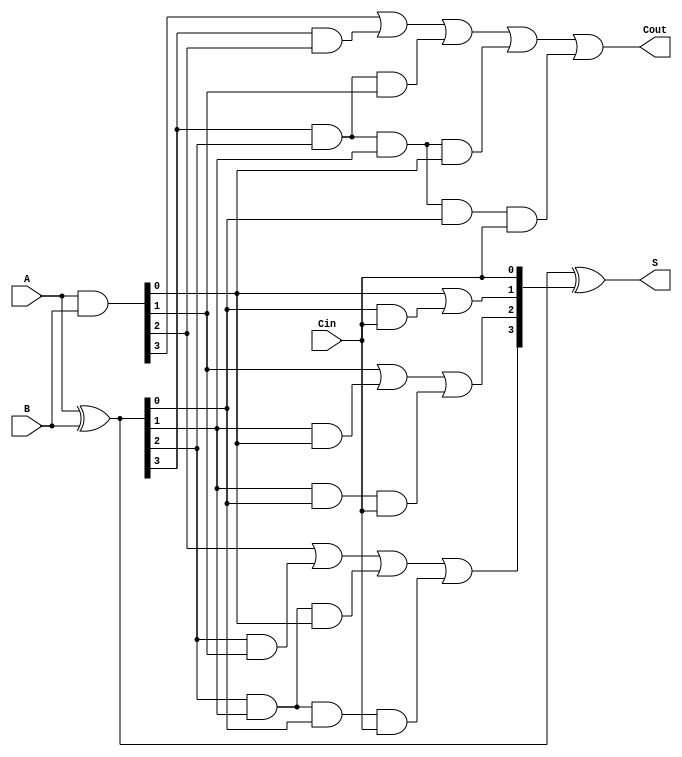
module CLA_4bit(A, B, Cin, S, Cout);

	input [3: 0] A, B;
	input Cin;
	
	output [3: 0] S;
	output Cout;

	wire [3:0] G,P,C;
	
  	assign G = A&B;

  	assign P = A^B;

  	assign C[0] = Cin;
  	assign C[1] = G[0] | (P[0]&C[0]);
  	assign C[2] = G[1] | (P[1]&G[0]) | (P[1]&P[0]&C[0]);
  	assign C[3] = G[2] | (P[2]&G[1]) | (P[2]&P[1]&G[0]) | (P[2]&P[1]&P[0]&C[0]);

  	assign Cout = G[3] | (P[3]&G[2]) | (P[3]&P[2]&G[1]) | (P[3]&P[2]&P[1]&G[0]) | (P[3]&P[2]&P[1]&P[0]&C[0]);
  	assign S = P^C;

endmodule


module Adder_16bit(A, B, Cin, S, Cout);

	input [15: 0] A, B;
	input Cin;
	
	output [15: 0] S;
	output Cout;
	
	wire C4, C8, C12;
//  wire [3: 0] S0_3, S4_7, S8_11, S12_15;
	
//	assign S = {S0_3,S4_7,S8_11,S12_15};
	
	CLA_4bit cla0( .A(A[3:0])   , .B(B[3:0])   , .Cin(Cin) , .S(S[3:0])   , .Cout(C4));
	CLA_4bit cla1( .A(A[7:4])   , .B(B[7:4])   , .Cin(C4)  , .S(S[7:4])   , .Cout(C8));
	CLA_4bit cla2( .A(A[11:8])  , .B(B[11:8])  , .Cin(C8)  , .S(S[11:8])  , .Cout(C12));
	CLA_4bit cla3( .A(A[15:12]) , .B(B[15:12]) , .Cin(C12) , .S(S[15:12]) , .Cout(Cout));
endmodule

module ALU(A, B, Cin, Mode, Y, Cout, Overflow);
	
	input [15: 0] A, B;
	input Cin;
	input [3: 0] Mode;	
	
	output reg [15: 0] Y;
	output reg Cout = 1'b0;
	output reg Overflow = 1'b0;


	wire[15:0] Yout4,Yout5,Yout5t;
	wire Cout4,Cout5,Cout5t;
	Adder_16bit adder1 (A,B,Cin,Yout4,Cout4);
	
	Adder_16bit adder2 (16'd1,~B,Cin,Yout5t,Cout5t); // for second complement
	Adder_16bit adder3 (Yout5t,A,Cout5t,Yout5,Cout5);
	
// FOR CASE 12 //
	wire [15:0]dec = 1'b1 << A[3:0];	
// FOR CASE 12 //
	
// OVERFLOW SEARCH 4 //
	wire af = A[15];
	wire bf = B[15];
	wire yf = Yout4[15];
//	if (af>=0) wire over4;
// OVERFLOW SEARCH 4 //

// OVERFLOW SEARCH 5 //
	wire yff  = Yout5[15];
// OVERFLOW SEARCH 5 //

//	wire Atem = A[3:0];	
//	wire Lside0 = {(16-1-Atem){1'b0}};
//	wire Rside0 = {Atem{1'b0}};
//	if (Cout == 1'b1)begin
//		Overflow = '1;
//	end

	always@(*)begin
		case(Mode)

			4'd0: begin
			Y = A << 1'b1;
			Cout = 1'b0;
			Overflow = 1'b0;
			end

			4'd1: begin
//				if (A[15]==1'b1) begin
					Y = A <<<  1'b1;
//					Y[0] = 1'b1;
//				end else begin
//					Y = A <<< 1'b1;
//				end
			end

			4'd2: begin
			Y = A >> 1'b1;
			end

			4'd3: begin
    	    	if (A[0]==1'b1) begin			
					Y = A >>> 1'b1;
					Y[15] = 1'b1;
				end else begin
					Y = A >>> 1'b1;
				end
			end

			4'd4: begin
			Y = Yout4;
			Cout = Cout4;
                 casex({af,bf,yf})
                     3'b110 : Overflow = 1;
					 3'b001 : Overflow = 1;
					 default : Overflow = 0;
                 endcase
			
//			Overflow = Cout4;
//			if (af == bf != yf4) Overflow = 1;
//			else Overflow = 0;
//			if (af<0 && bf<0 && yf4>=0) Overflow = 1;
//	 		Adder_16bit(A,B,Cin,Y,Cout)
//			Y = A + B;
//			Y = Yout4;
			end

			4'd5: begin
			Y = Yout5;
			Cout = Cout5;
            Overflow = 0;
                casex({af,bf,yff})
                     3'b011 : Overflow = 1;
                     3'b100 : Overflow = 1;
//					 3'b001 : begin Overflow = 1; Y = Yout5t; end
					 default : Overflow = 0;
                 endcase

//			Adder_16bit(!A,B,Cin,Y,Cout);
//			Y = B - A;
//			Y = Yout5;
			end

			4'd6: begin
			Y = A & B;
			end

			4'd7: begin
			Y = A | B;
			end

			4'd8: begin
			Y = ~A;
			end

			4'd9: begin
			Y = A ^ B;
			end

			4'd10: begin
			Y = ~(A ^ B);
			end

			4'd11: begin
			Y = ~(A | B);
	  		end

			4'd12: begin	 	
			Y = dec;
	//		Y = Decoder(A[3:0]);
	//			reg [15:0]Y;
//				always@(A)begin
//					case(A)
//						3'b000: begin Y=16'b0000000000000001; end
//						3'b001: begin Y=16'b0000000000000010; end
//						3'b010: begin Y=16'b0000000000000100; end
//						3'b011: begin Y=16'b0000000000001000; end
//						3'b100: begin Y=16'b0000000000010000; end
//						3'b101: begin Y=16'b0000000000100000; end
//						3'b110: begin Y=16'b0000000001000000; end
//						3'b111: begin Y=16'b0000000010000000; end
//					endcase
//				end
			end	

			4'd13: begin
			Y = A;
			end

			4'd14: begin
			Y = B;
			end

			4'd15: begin
//			Y = {12'd0, find_first(A)};
				casex(A)
					16'b1xxxxxxxxxxxxxxx : Y = 4'd15;
					16'b01xxxxxxxxxxxxxx : Y = 4'd14;
					16'b001xxxxxxxxxxxxx : Y = 4'd13;
					16'b0001xxxxxxxxxxxx : Y = 4'd12;
					16'b00001xxxxxxxxxxx : Y = 4'd11;
					16'b000001xxxxxxxxxx : Y = 4'd10;
					16'b0000001xxxxxxxxx : Y = 4'd9;
					16'b00000001xxxxxxxx : Y = 4'd8;
					16'b000000001xxxxxxx : Y = 4'd7;
					16'b0000000001xxxxxx : Y = 4'd6;
					16'b00000000001xxxxx : Y = 4'd5;
					16'b000000000001xxxx : Y = 4'd4;
					16'b0000000000001xxx : Y = 4'd3;
					16'b00000000000001xx : Y = 4'd2;
					16'b000000000000001x : Y = 4'd1;
					16'b0000000000000001 : Y = 4'd0;
				endcase 

			end

			default:begin
			Y = 16'd0;
			end

		endcase
	end
	
endmodule